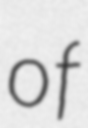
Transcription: of